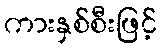
ကားနှစ်စီးဖြင့်